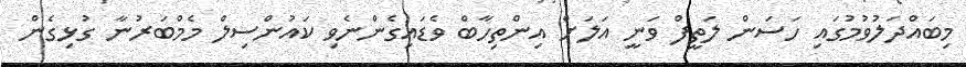
މިބައްދަލުވުމުގައި ހަސަން ލަތީފް ވަނީ އަލަށް އިންތިހާބް ވެޑައިގެންނެވި ކައުންސިލް މެމްބަރުނާ ގުޅިގެން